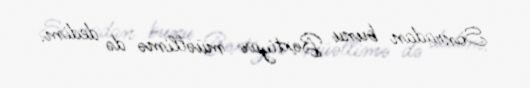
Sonradan bunu Bəxtiyar müəllimə də dedim.